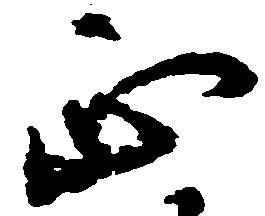
正